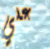
علي